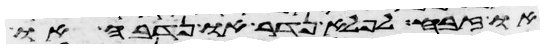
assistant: או זבח לפלא נדר או נדבה או